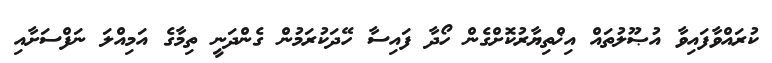
ކުރައްވާފައިވާ އުޞޫލުތައް އިޚްތިޔާރުކޮށްގެން ހޯދާ ފައިސާ ހޭދަކުރަމުން ގެންދަނީ ތިމާގެ އަމިއްލަ ނަފްސަށާއި